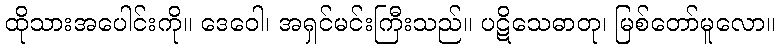
ထိုသားအပေါင်းကို။ ဒေဝေါ၊ အရှင်မင်းကြီးသည်။ ပဋိသေဓာတု၊ မြစ်တော်မူလော။